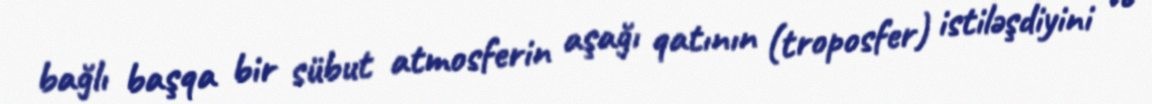
bağlı başqa bir sübut atmosferin aşağı qatının (troposfer) istiləşdiyini və